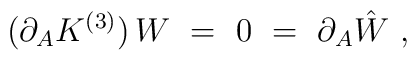
(\partial_A K^{(3)})\, W\ =\ 0\ =\ \partial_A \hat W \ ,